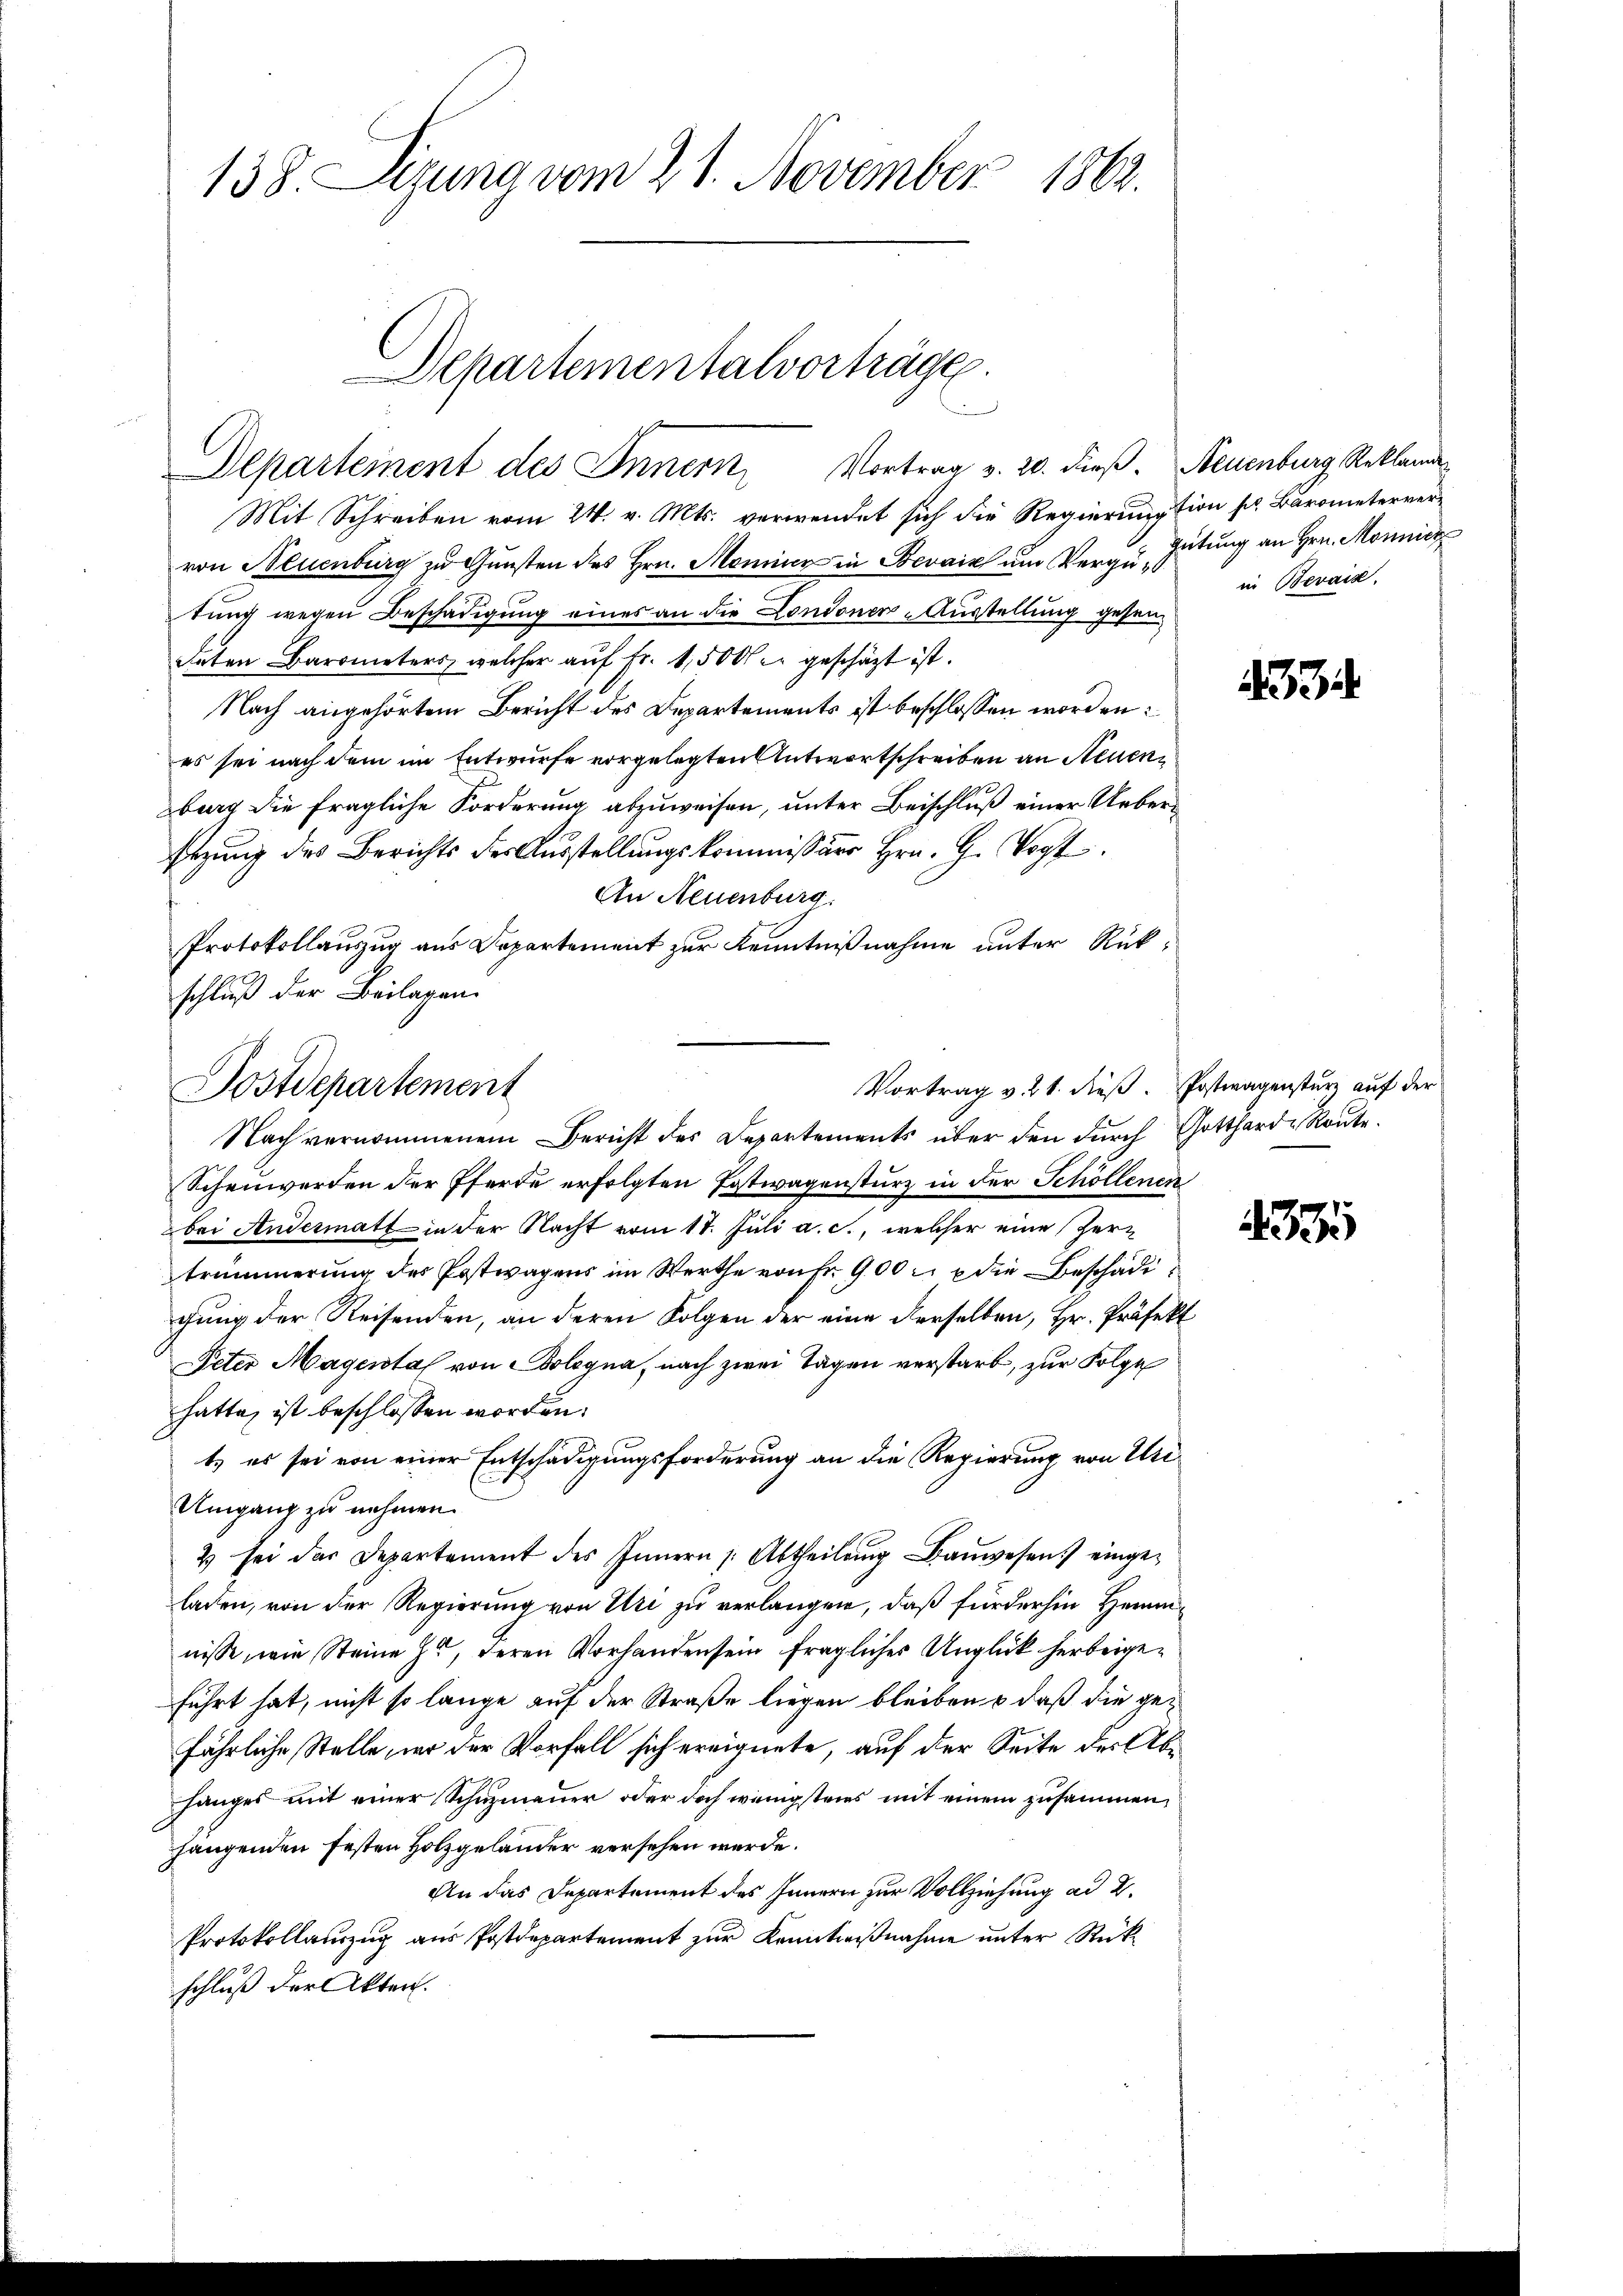
138. Sizung vom 21. November 1862.

Mit Schreiben vom 24. v. Mts. verwendet sich die Regierungstion sel. Barometervervon Neuenburg zu Gunsten des Hrn. Monier in Bevaiz um Vergu-Gütung an Hrn. Monnick
tung wegen Beschädigung eines an die Londoner-Ausstellung gesendaten Barometers, welcher aŭf fr. 1,500 er geschäzt ist.
Nach angehörtem Bericht des Departements ist beschlossen worden:
es sei nach dem im Entwurfe vorgelegten Antwortschreiben an Neuenburg die fragliche Forderung abzuweisen, unter Beischluß einer Uebersezung des Berichts der Ausstellungskommissärs Hrn. G. Vogt
An Neuenburg.
Protokollauszug aus Departement zur Kenntnißnahme unter Rückschluß der Beilagen.

Departementalvorträge.
Departement des Innern, Vortrag v. 20. dieß. Neuenburg Reklame

Vortrag v. 21. dieß. Postwagensturz auf der
Postdepartement

in Bevais.

Nach vernommenem Bericht des Departements über den dŭrch Gotthard Route.
Schenwerden der Pferde erfolgten Postwagensturz in der Schöllenen
bei Andermatt in der Nacht vom 17. Juli a. c., welcher eine Zertrümmerung des Postwagens im Werthe von Fr. 900. u die Beschädigung der Reisenden, an deren Folgen der eine derselben, Hr. Präfekt
Peter Magental von Bologna, nach zwei Tagen verstarb, zur Folge
hatte, ist beschlossen worden.
t es sei von einer Entschädigungsforderung an die Regierung von Uri¬
Umgang zu nehmen.
2 sei der Departement des Innern |: Abtheilŭng Baŭwesen) einge-
laden, von der Regierung von Uri zu verlangen, daß fürderhin Heimnisse, wie Steine Er, deren Vorhandensein fragliches Unglück herbeigeführt hat, nicht so lange auf der Straße liegen bleiben & daß die gefährliche Stelle, wo der Vorfall sich ereignete, auf der Seite der Abhanges mit einer Schuzmauer oder doch wenigstens mit einem zusammenhangenden festen Holzgeländer versehen werde.
An das Departement des Innern zur Vollziehung ad 2.
Protokollauszug aus Postdepartement zur Kenntnißnahme unter Rückschluß der Akten.

34

3